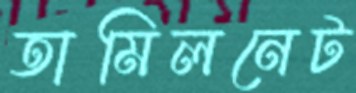
তামিলনেট